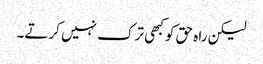
لیکن راہ حق کو کبھی ترک نہیں کرتے۔